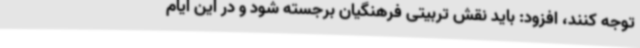
توجه کنند، افزود: باید نقش تربیتی فرهنگیان برجسته شود و در این ایام